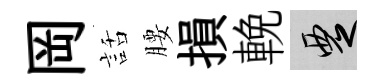
岡話腰損輓覂